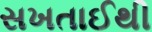
સખતાઈથી